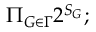
\Pi _ { G \in \Gamma } 2 ^ { S _ { G } } ;